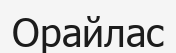
Орайлас